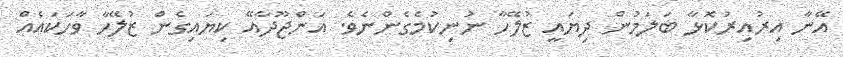
އޭނާ އިރުއިރުކޮޅާ ބަލަމުން ދިޔައީ ޒުލޭހާ ނުނިކުމެގެންނެވެ. އަންޖޫދާއޭ ކިޔައިގެން ޒުލޭހާ ވާހަކައެއް